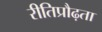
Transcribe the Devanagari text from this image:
रीतिप्रौढ़ता